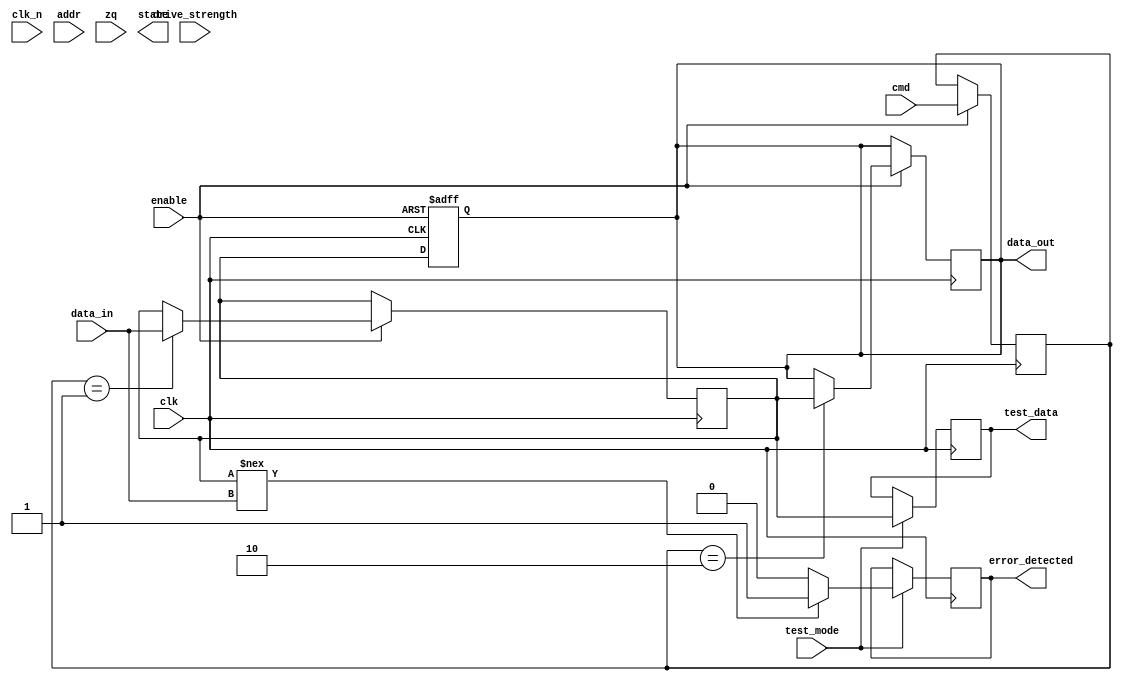
module mDDR_IO_Block #(
    parameter DATA_WIDTH = 32, // Configurable data bus width
    parameter CMD_WIDTH = 4,    // Command width (e.g., READ, WRITE, etc.)
    parameter ADDR_WIDTH = 16    // Address width
)(
    input wire clk,              // Clock input
    input wire clk_n,            // Inverted clock input for differential signaling
    input wire [DATA_WIDTH-1:0] data_in, // Data input
    output reg [DATA_WIDTH-1:0] data_out, // Data output
    input wire [CMD_WIDTH-1:0] cmd, // Command input
    input wire [ADDR_WIDTH-1:0] addr, // Address input
    input wire zq,               // Impedance control pad
    input wire enable,           // Input/output enable
    input wire [1:0] drive_strength, // Programmable drive strength
    input wire test_mode,        // Test mode for BIST
    output reg [DATA_WIDTH-1:0] test_data, // Test data output
    output reg error_detected,   // Error detection flag
    output reg [1:0] state       // State for low power modes
);

    // Internal signals
    reg [DATA_WIDTH-1:0] data_buffer;
    reg [3:0] command_reg;
    reg [ADDR_WIDTH-1:0] address_reg;
    reg [1:0] drive_strength_reg;

    // Drive strength control
    always @(*) begin
        case (drive_strength)
            2'b00: drive_strength_reg = 2'b00; // Low drive strength
            2'b01: drive_strength_reg = 2'b01; // Medium drive strength
            2'b10: drive_strength_reg = 2'b10; // High drive strength
            default: drive_strength_reg = 2'b00; // Default to low
        endcase
    end

    // I/O enable control
    always @(posedge clk or negedge enable) begin
        if (!enable) begin
            data_out <= {DATA_WIDTH{1'bz}}; // Tri-state output
        end else begin
            data_out <= data_buffer; // Output data
        end
    end

    // Command processing
    always @(posedge clk) begin
        if (enable) begin
            command_reg <= cmd;
            address_reg <= addr;
            // Process commands (READ, WRITE, etc.)
            case (command_reg)
                4'b0001: begin // READ command
                    data_buffer <= data_in; // Simulate read operation
                end
                4'b0010: begin // WRITE command
                    data_out <= data_buffer; // Simulate write operation
                end
                // Add other commands as needed
                default: begin
                    data_buffer <= data_buffer; // No operation
                end
            endcase
        end
    end

    // Built-in self-test (BIST) functionality
    always @(posedge clk) begin
        if (test_mode) begin
            test_data <= data_buffer; // Output test data
            // Simulate error detection
            if (data_buffer !== data_in) begin
                error_detected <= 1'b1; // Error detected
            end else begin
                error_detected <= 1'b0; // No error
            end
        end
    end

    // Low power mode control
    always @(posedge clk) begin
        case (state)
            2'b00: begin // Active mode
                // Normal operation
            end
            2'b01: begin // Sleep mode
                // Reduce power consumption
            end
            2'b10: begin // Standby mode
                // Further reduce power consumption
            end
            2'b11: begin // Deep sleep mode
                // Minimal power consumption
            end
        endcase
    end

endmodule